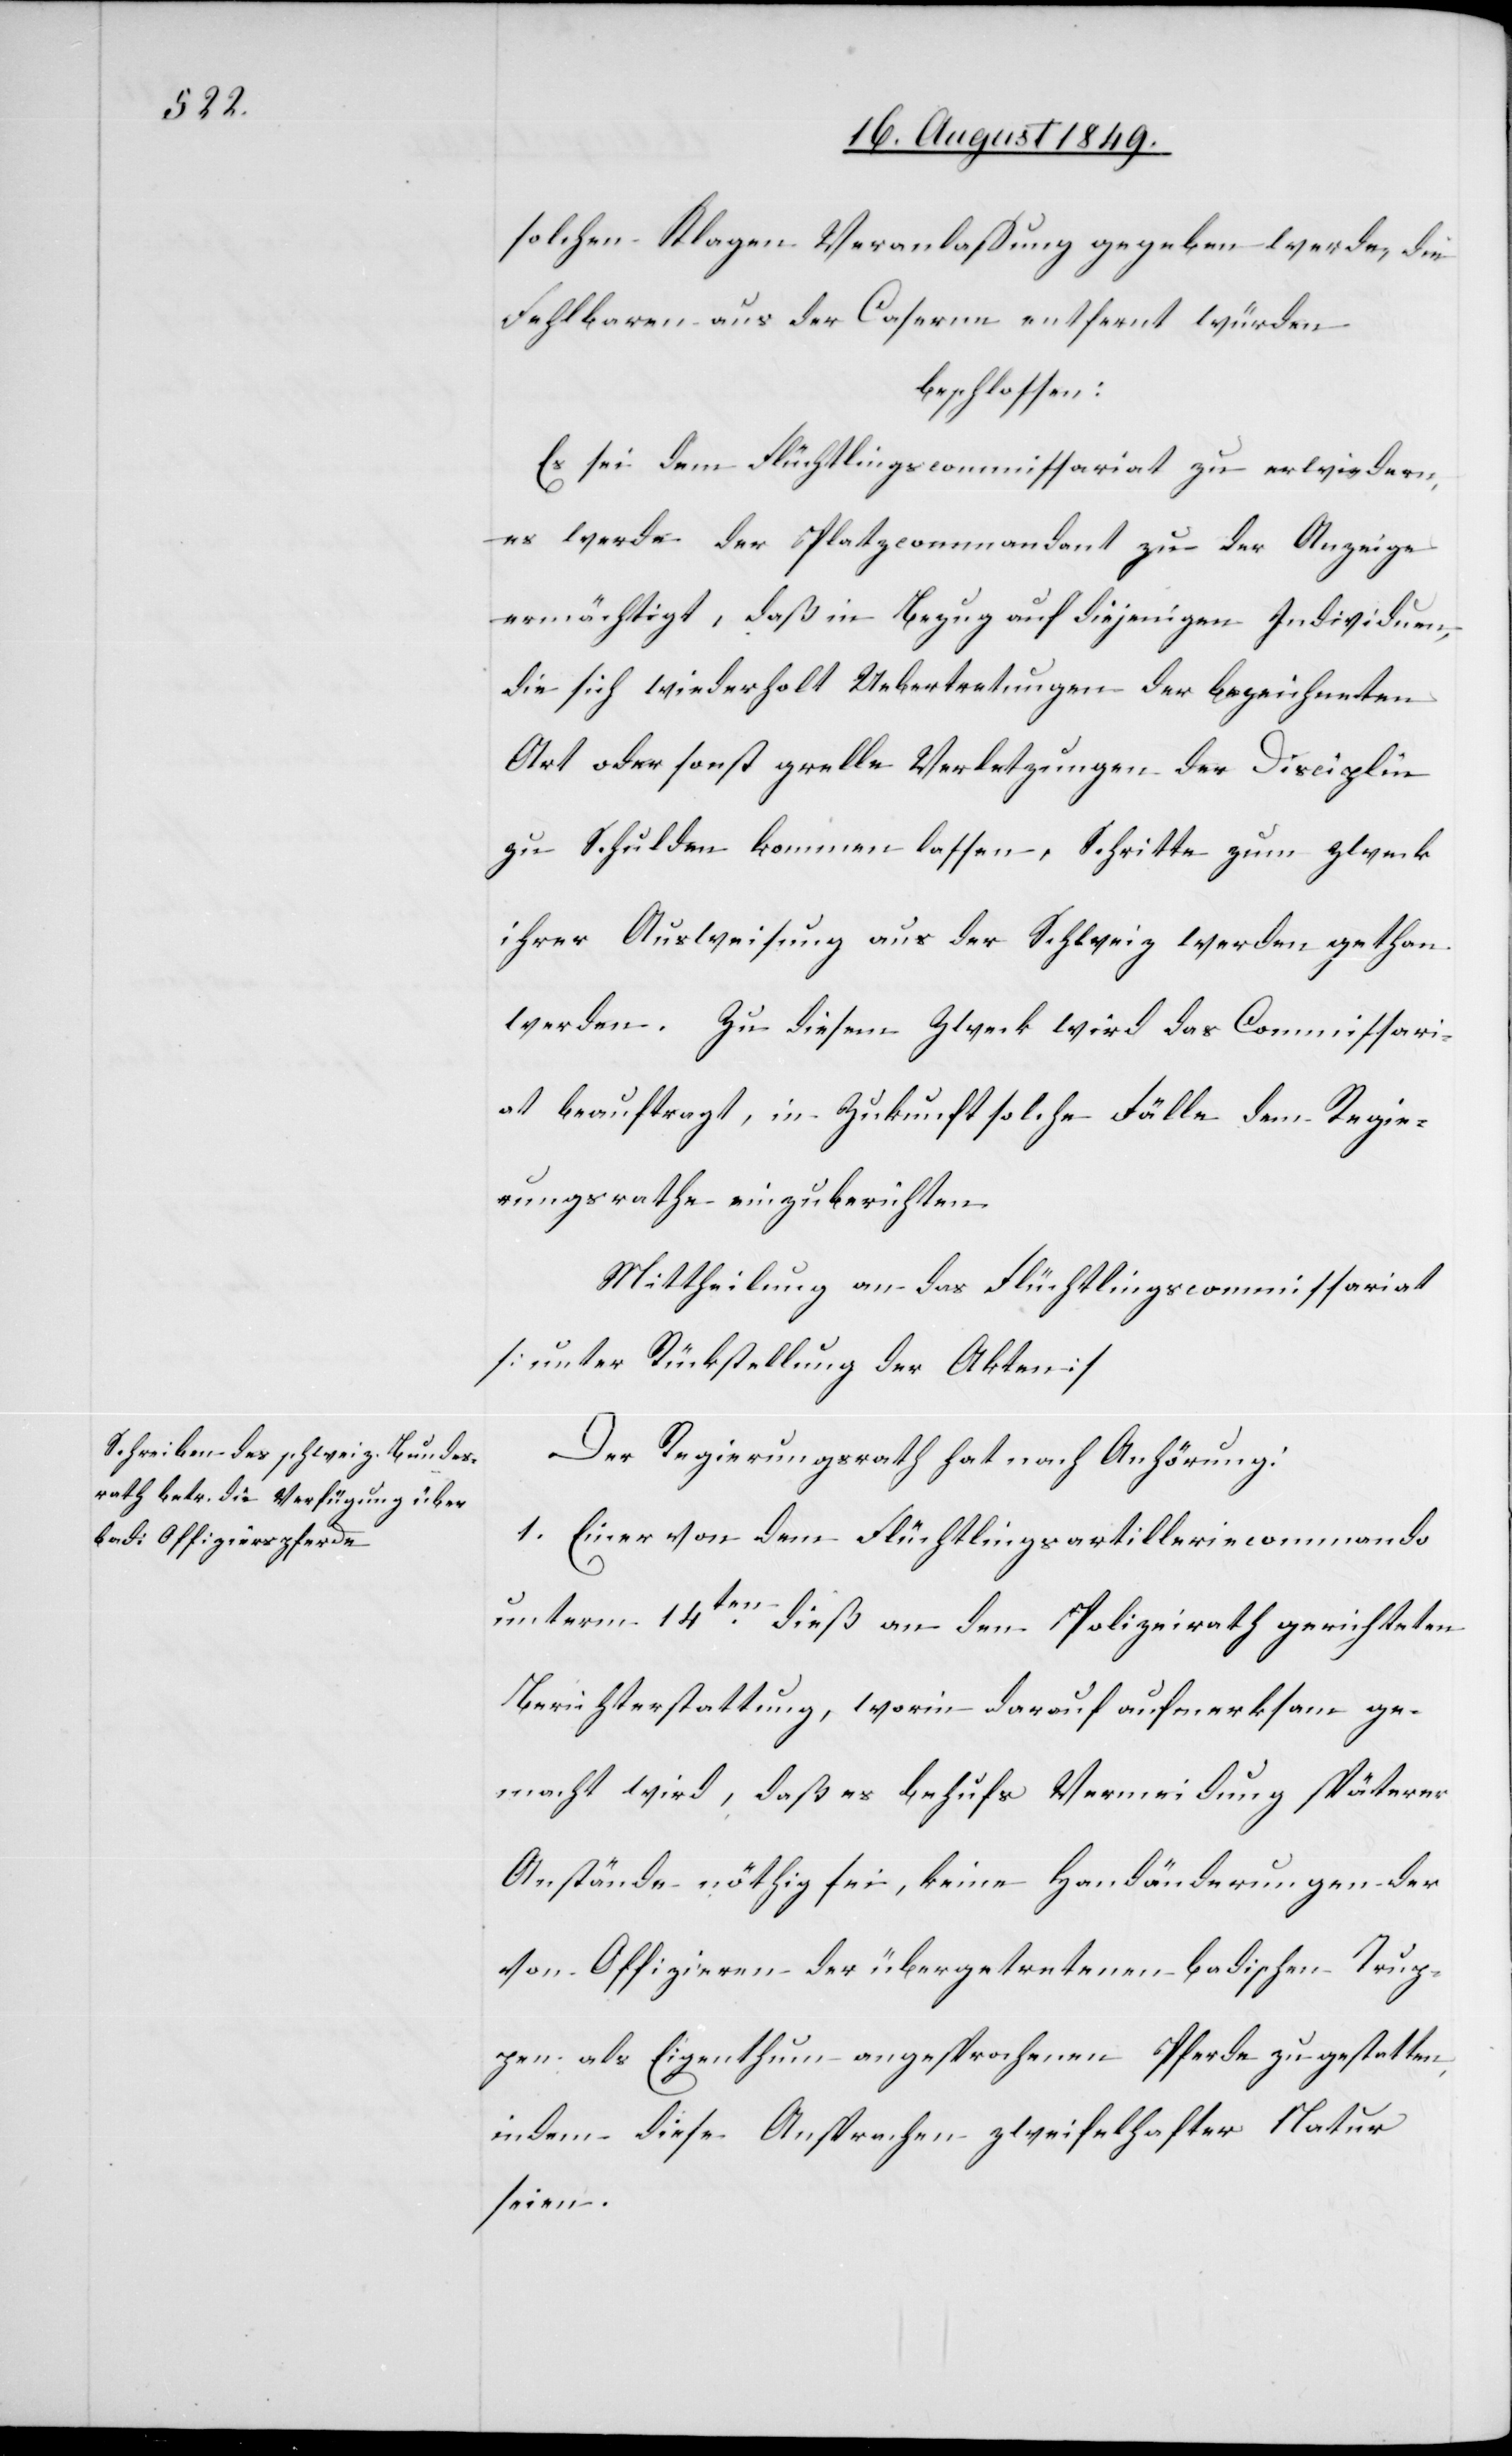
solchen Klagen Veranlassung gegeben werde, die
Fehlbaren aus der Caserne entfernt würden
beschlossen:
Es sei dem Flüchtlingscommissariat zu erwiedern,
es werde der Platzcommandant zu der Anzeige
ermächtigt, daß im Bezug auf diejenigen Individuen,
die sich wiederholt Uebertretungen der bezeichneten
Art oder sonst grelle Verletzungen der Disciplin
zu Schulden kommen lassen, Schritte zum Zweck
ihrer Ausweisung aus der Schweiz werden gethan
werden. Zu diesem Zweck wird das Commissari¬
at beauftragt, in Zukunft solche Fälle dem Regie¬
rungsrathe einzuberichten.
Mittheilung an das Flüchtlingscommissariat
[unter Rückstellung der Akten][.]
Der Regierungsrath hat nach Anhörung:
1. Einer von dem Flüchtlingsartilleriecommando
unterm 14ten dieß an den Polizeirath gerichteten
Berichterstattung, worin darauf aufmerksam ge¬
macht wird, daß es behufs Vermeidung späterer
Anstände nöthig sei, keine Handänderungen der
von Offizieren der übergetretenen badischen Trup¬
pen als Eigenthum angesprochenen Pferde zu gestatten,
indem diese Ansprachen zweifelhafter Natur
seien.